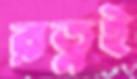
রত্নই